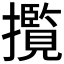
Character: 𭣄